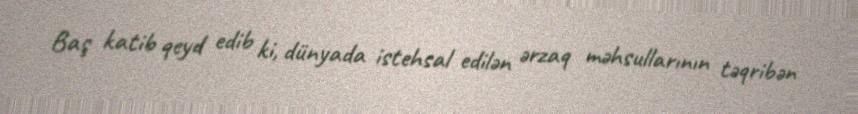
Baş katib qeyd edib ki, dünyada istehsal edilən ərzaq məhsullarının təqribən